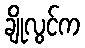
ချိုလွင်က